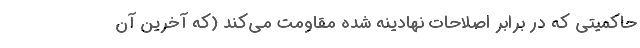
حاکمیتی که در برابر اصلاحات نهادینه شده مقاومت می‌کند (که آخرین آن